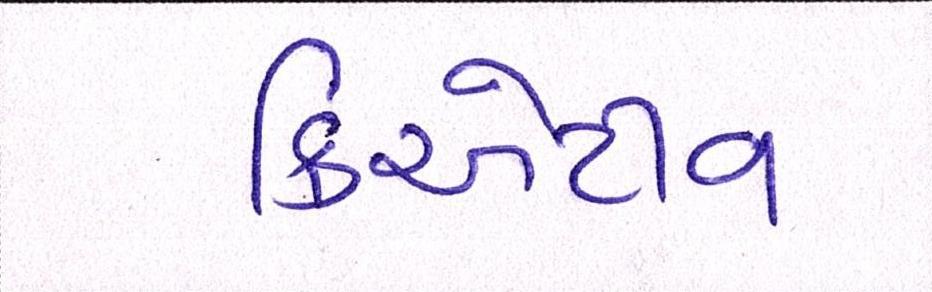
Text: ક્રિએટીવ